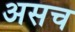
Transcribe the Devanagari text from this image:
असच